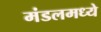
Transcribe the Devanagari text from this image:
मंडलमध्ये